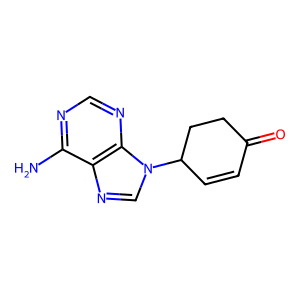
SMILES: Nc1ncnc2c1ncn2C1C=CC(=O)CC1
Inhibits HIV replication: No